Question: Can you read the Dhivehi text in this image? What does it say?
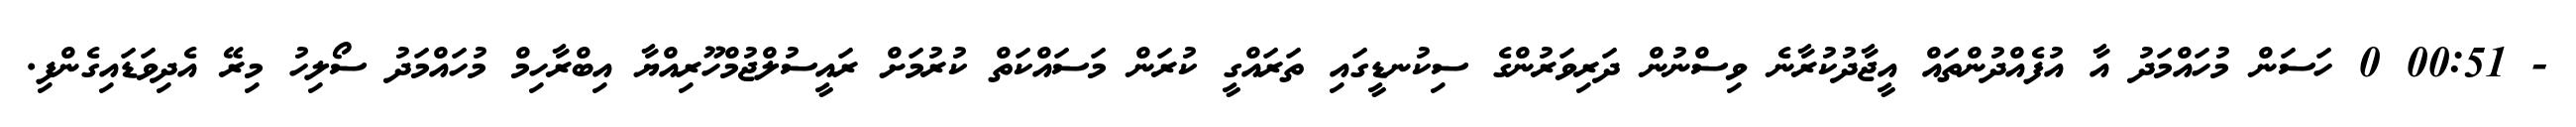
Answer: - 00:51 0 ހަސަން މުހައްމަދު އާ އުފެއްދުންތައް އީޖާދުކުރާނެ ވިސްނުން ދަރިވަރުންގެ ސިކުނޑީގައި ތަރައްގީ ކުރަން މަސައްކަތް ކުރުމަށް ރައީސުލްޖުމްހޫރިއްޔާ އިބްރާހިމް މުހައްމަދު ސޯލިހު މިރޭ އެދިވަޑައިގެންފި.